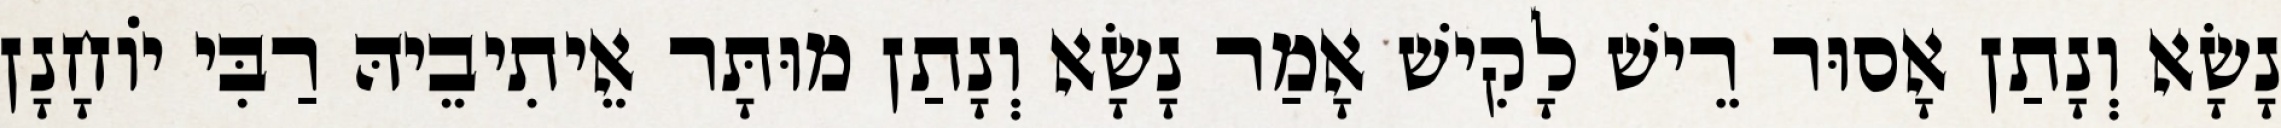
נָשָׂא וְנָתַן אָסוּר רֵישׁ לָקִישׁ אָמַר נָשָׂא וְנָתַן מוּתָּר אֵיתִיבֵיהּ רַבִּי יוֹחָנָן